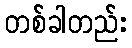
တစ်ခါတည်း